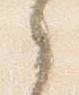
之